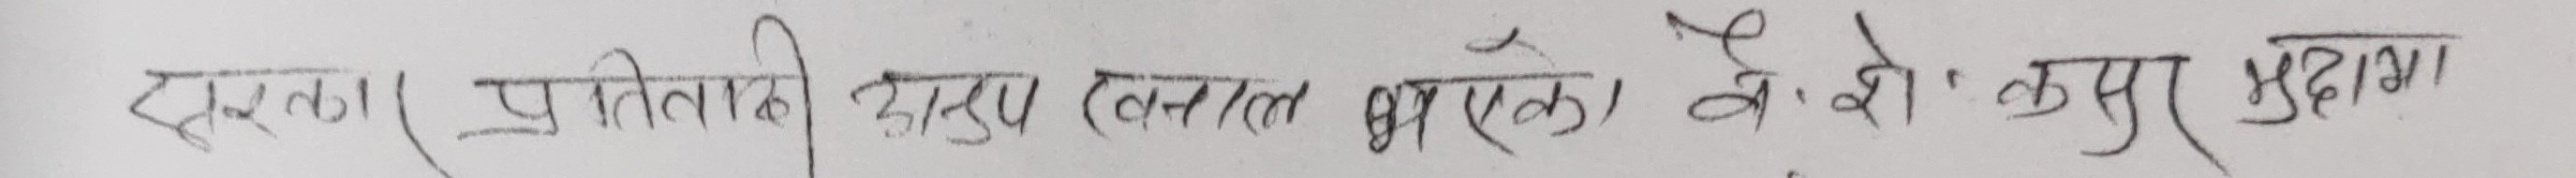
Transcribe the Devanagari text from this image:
दमक । प्रतिवादी हास्य तत्काल भएको । वै.शे. कपूर मुदामा